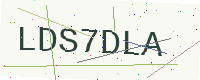
Text: LDS7DLA